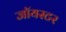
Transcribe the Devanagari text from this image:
जॉयस्टर